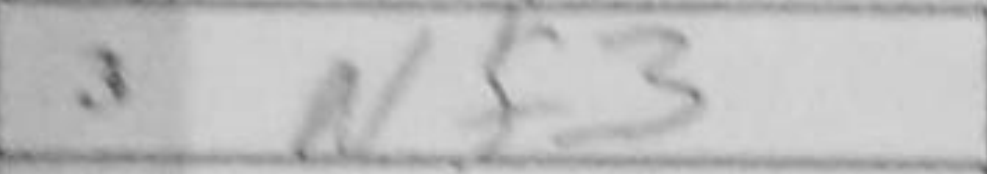
Transcription: Nf3